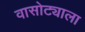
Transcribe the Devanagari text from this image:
वासोट्याला